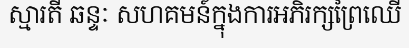
ស្មារតី ឆន្ទៈ សហគមន៍ក្នុងការអភិរក្សព្រៃឈើ